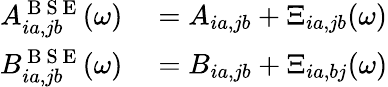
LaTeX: \begin{array}{rl}{A_{ia,jb}^{\mathrm{~B~S~E~}}(\omega)}&{{}=A_{ia,jb}+\Xi_{ia,jb}(\omega)}\\ {B_{ia,jb}^{\mathrm{~B~S~E~}}(\omega)}&{{}=B_{ia,jb}+\Xi_{ia,bj}(\omega)}\end{array}